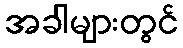
အခါများတွင်